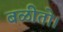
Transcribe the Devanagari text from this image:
बळीतो।